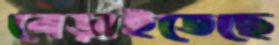
বেড়াইতেছে